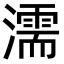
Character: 濡